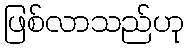
ဖြစ်လာသည်ဟု